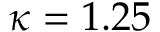
\kappa = 1 . 2 5